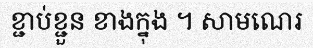
ខ្ជាប់ខ្ជួន ខាងក្នុង ។ សាមណេរ